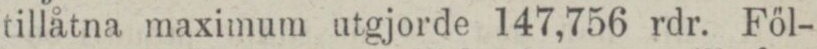
tillåtna maximum utgjorde 147,756 rdr. Föl-